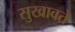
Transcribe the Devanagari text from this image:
सुखावते